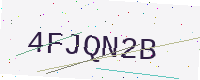
Text: 4FJQN2B